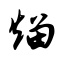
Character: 熘